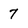
Character: 7